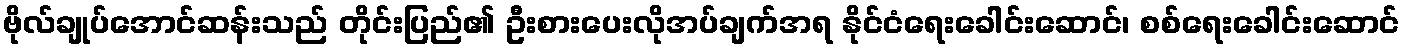
ဗိုလ်ချုပ်အောင်ဆန်းသည် တိုင်းပြည်၏ ဦးစားပေးလိုအပ်ချက်အရ နိုင်ငံရေးခေါင်းဆောင်၊ စစ်ရေးခေါင်းဆောင်